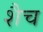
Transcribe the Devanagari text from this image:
शैच